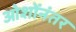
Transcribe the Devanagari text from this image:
ओशोंनंतर